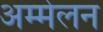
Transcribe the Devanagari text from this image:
अम्मेलन